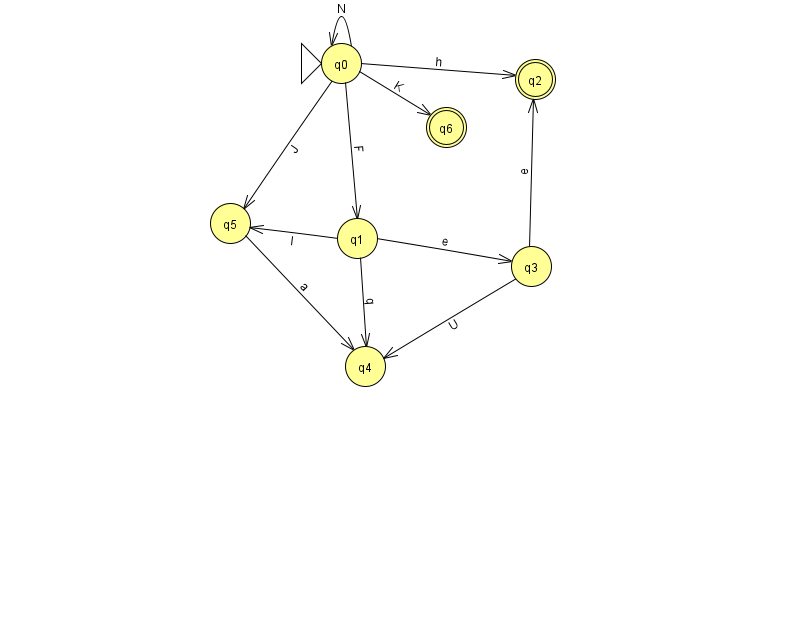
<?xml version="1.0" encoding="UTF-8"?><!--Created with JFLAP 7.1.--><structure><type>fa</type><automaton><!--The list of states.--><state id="0" name="q0"><x>341.0</x><y>50.0</y><initial/></state><state id="1" name="q1"><x>357.0</x><y>225.0</y></state><state id="2" name="q2"><x>535.0</x><y>66.0</y><final/></state><state id="3" name="q3"><x>531.0</x><y>253.0</y></state><state id="4" name="q4"><x>365.0</x><y>353.0</y></state><state id="5" name="q5"><x>230.0</x><y>210.0</y></state><state id="6" name="q6"><x>446.0</x><y>114.0</y><final/></state><!--The list of transitions.--><transition><from>1</from><to>3</to><read>e</read></transition><transition><from>0</from><to>2</to><read>h</read></transition><transition><from>0</from><to>5</to><read>J</read></transition><transition><from>3</from><to>2</to><read>e</read></transition><transition><from>3</from><to>4</to><read>U</read></transition><transition><from>1</from><to>4</to><read>q</read></transition><transition><from>0</from><to>6</to><read>K</read></transition><transition><from>1</from><to>5</to><read>l</read></transition><transition><from>0</from><to>1</to><read>F</read></transition><transition><from>0</from><to>0</to><read>N</read></transition><transition><from>5</from><to>4</to><read>a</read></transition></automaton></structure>